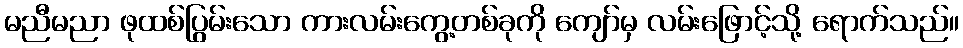
မညီမညာ ဖုထစ်ပြွမ်းသော ကားလမ်းကွေ့တစ်ခုကို ကျော်မှ လမ်းဖြောင့်သို့ ရောက်သည်။